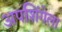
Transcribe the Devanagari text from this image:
अपशिंगेला